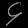
Digit: ၄